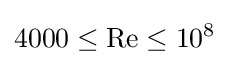
4000\leq \mathrm {Re} \leq 10^{8}